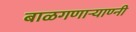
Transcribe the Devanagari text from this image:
बाळगणार्‍याण्नी